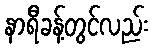
နာရီခန့်တွင်လည်း